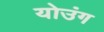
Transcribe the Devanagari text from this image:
योउंग